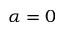
\alpha = 0